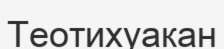
Теотихуакан